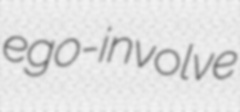
ego-involve